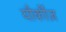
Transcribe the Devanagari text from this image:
यौर्कीज़